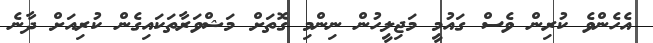
އެހެންވެ ކުރިން ވެސް ގައުމީ މަޖިލީހުން ނިންމި ގޮތަށް މަޝްވަރާތަކައިގެން ކުރިއަށް ދާނެ